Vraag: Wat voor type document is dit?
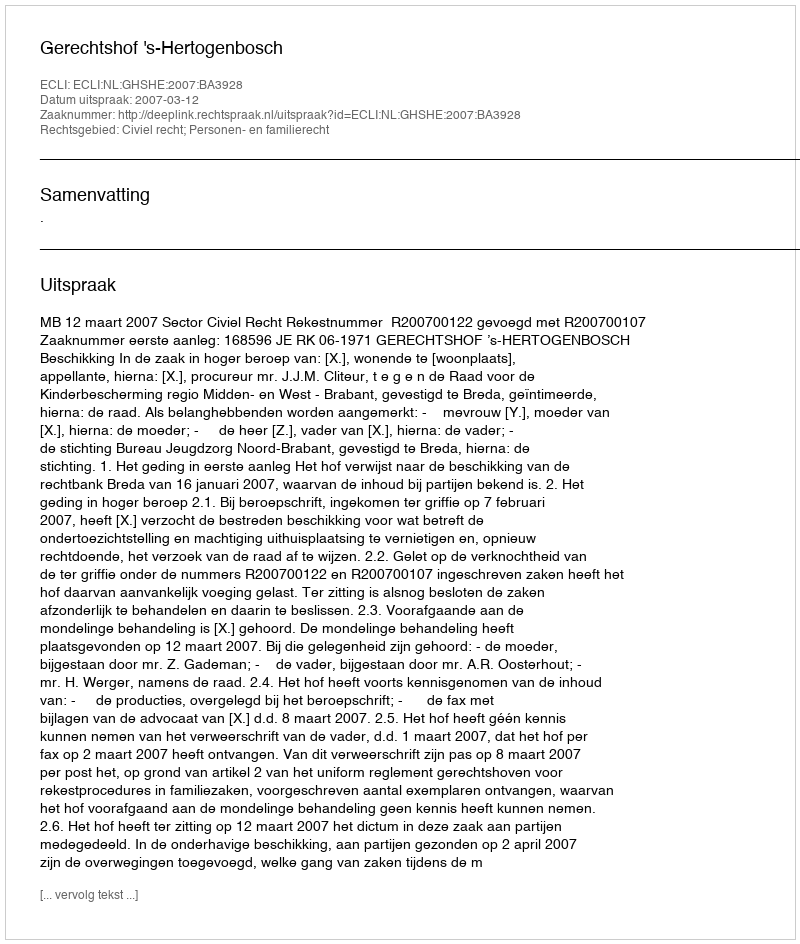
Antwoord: Uitspraak